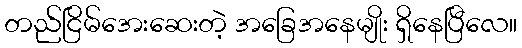
တည်ငြိမ်အေးဆေးတဲ့ အခြေအနေမျိုး ရှိနေပြီလေ။